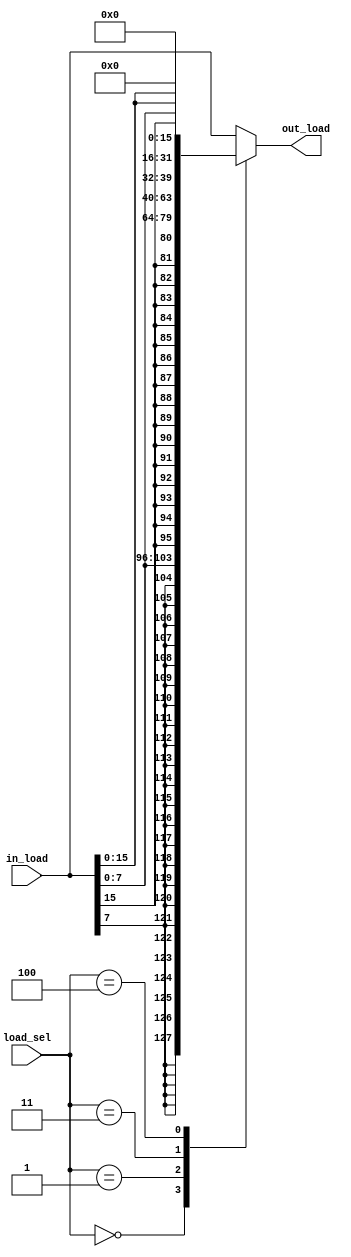
module load_size (
    input [31:0] in_load,
    input [2:0] load_sel,
    output reg [31:0] out_load 
);
    always @(*) begin
        case (load_sel)
           3'b000 : out_load = {{24{in_load[7]}}, in_load[7:0]}; //LB
           3'b001 : out_load = {{16{in_load[15]}}, in_load[15:0]};  //LH
           3'b010 : out_load = in_load;  //LW
           3'b011 : out_load = {24'b0, in_load[7:0]}; //LBU
           3'b100 : out_load = {16'b0, in_load[15:0]};  //LHU
            default: out_load = in_load;
        endcase
    end
endmodule